Mental hospitals Bombay report 1929-33 - 1929-1933
Year: 1929
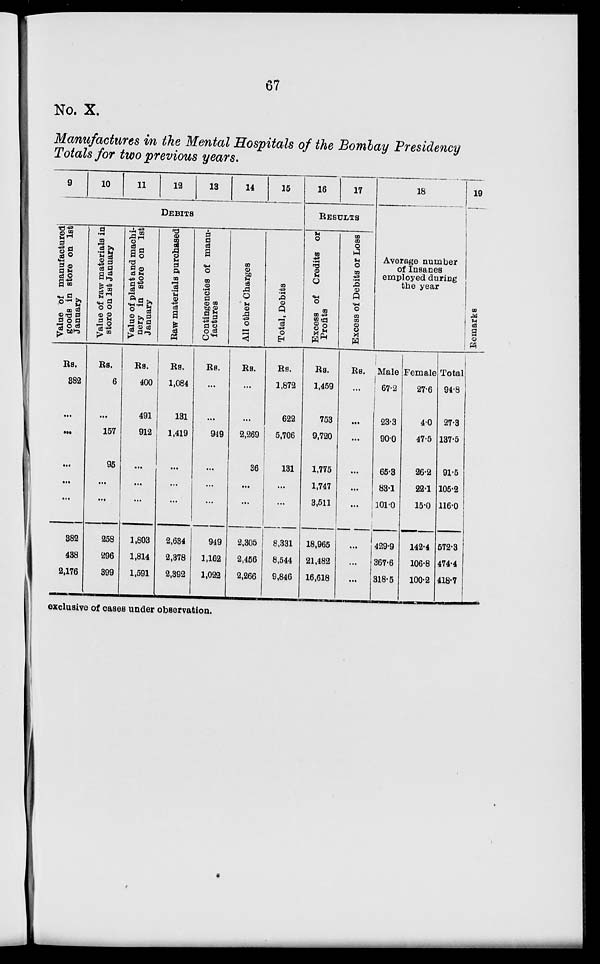
67
No. X.
Manufactures in the Mental Hospitals of the Bombay Presidency
Totals for two previous years.
9
10
11
12
13
14
15
DEBITS
Value of manufactured
goods in store on 1st
January
Rs.
382
...
...
...
...
...
382
438
2,176
Value of raw materials in
store on 1st January
Rs.
6
...
157
95
...
...
258
296
399
Value of plant and machi-
nery in store on 1st
January
Rs.
400
491
912
...
...
...
1,803
1,814
1,591
Raw
materials purchased
Rs.
1,084
131
1,419
...
...
...
2,634
2,378
2,392
Contingencies of manu-
factures
Rs.
...
...
949
...
...
...
949
1,162
1,022
All other Charges
Rs.
...
...
2,269
36
...
...
2,305
2,456
2,266
Total, Debits
Rs.
1,872
622
5,706
131
...
...
8,331
8,544
9,846
16
17
RESULTS
Excess of Credits or
Profits
Rs.
1,459
753
9,720
1,775
1,747
3,511
18,965
21,482
16,618
Excess of Debits or Loss
Rs.
...
...
...
...
...
...
...
...
...
18
Average number
of Insanes
employed during
the year
Male
67.2
23.3
90.0
65.3
83.1
101.0
429.9
367.6
318.5
Female
27.6
4.0
47.5
26.2
22.1
15.0
142.4
106.8
100.2
Total
94.8
27.3
137.5
91.5
105.2
116.0
572.3
474.4
418.7
19
Remarks
exclusive of cases under observation.